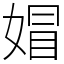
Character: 媢